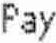
PAY